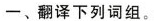
一、翻译下列词组。